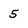
Character: 5